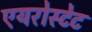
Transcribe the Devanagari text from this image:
एयरोस्टेट